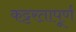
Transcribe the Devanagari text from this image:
कट्टरतापूर्ण